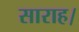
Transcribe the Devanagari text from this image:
साराह।